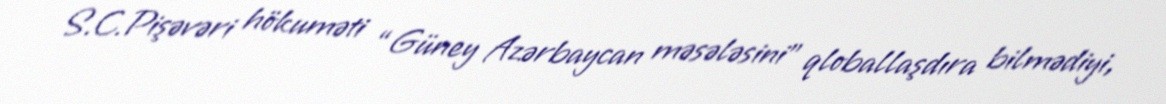
S.C.Pişəvəri hökuməti “Güney Azərbaycan məsələsini” qloballaşdıra bilmədiyi,